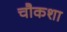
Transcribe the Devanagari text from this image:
चौकशा